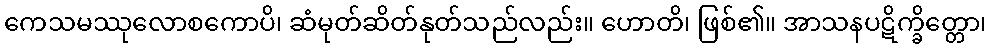
ကေသမဿုလောစကောပိ၊ ဆံမုတ်ဆိတ်နုတ်သည်လည်း။ ဟောတိ၊ ဖြစ်၏။ အာသနပဋိက္ခိတ္တော၊